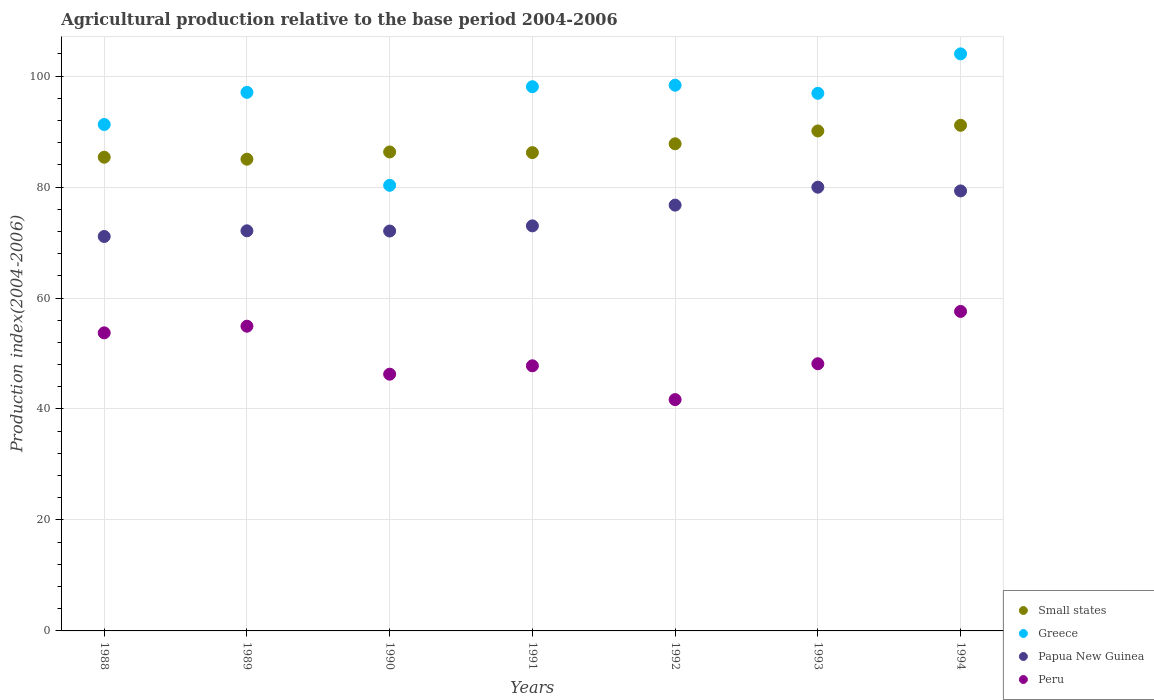
| Years | Small states | Greece | Papua New Guinea | Peru |
 | --- | --- | --- | --- | --- |
 | 1988 | 85.4 | 91.3 | 71.1 | 53.7 |
 | 1989 | 85 | 97.1 | 72.1 | 54.9 |
 | 1990 | 86.3 | 80.3 | 72.1 | 46.3 |
 | 1991 | 86.2 | 98.1 | 73 | 47.8 |
 | 1992 | 87.8 | 98.3 | 76.7 | 41.7 |
 | 1993 | 90.1 | 96.9 | 80 | 48.1 |
 | 1994 | 91.1 | 104 | 79.3 | 57.6 |